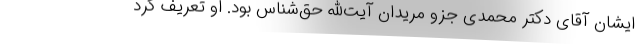
ایشان آقای دکتر محمدی جزو مریدان آیت‌الله حق‌شناس بود. او تعریف کرد